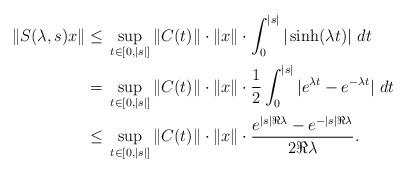
LaTeX: \begin{align*}\|S(\lambda,s)x\| \leq{}& \sup_{t\in[0,|s|]}\|C(t)\|\cdot\|x\|\cdot \int_{0}^{|s|}|\sinh(\lambda t)|\ dt\\={}&\sup_{t\in[0,|s|]}\|C(t)\|\cdot\|x\|\cdot \frac{1}{2}\int_{0}^{|s|}|e^{\lambda t}-e^{-\lambda t}| \ dt\\\leq{}&\sup_{t\in[0,|s|]}\|C(t)\|\cdot\|x\|\cdot \frac{e^{|s|\Re\lambda}-e^{-|s|\Re\lambda}}{2\Re\lambda}.\end{align*}